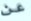
عن